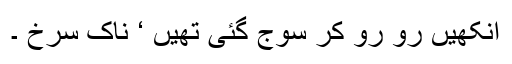
آنکھیں رو رو کر سوج گئی تھیں ‘ ناک سرخ ۔